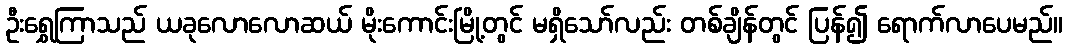
ဦးရွှေကြာသည် ယခုလောလောဆယ် မိုးကောင်းမြို့တွင် မရှိသော်လည်း တစ်ချိန်တွင် ပြန်၍ ရောက်လာပေမည်။